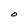
Character: O